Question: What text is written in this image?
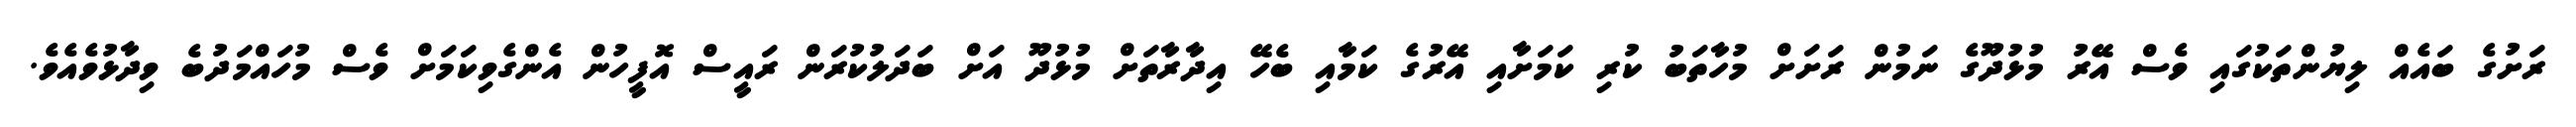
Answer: ރަށުގެ ބައެއް ލިޔުންތަކުގައި ވެސް އޭރު މުޅުދޫގެ ނަމުން ރަށަށް މުހާތަބު ކުރި ކަމަށާއި އޭރުގެ ކަމާއި ބެހޭ އިދާރާތަށް މުޅުދޫ އަށް ބަދަލުކުރަން ރައީސް އޮފީހުން އެންގެވިކަމަށް ވެސް މުހައްމަދުބެ ވިދާޅުވެއެވެ.